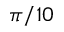
\pi / 1 0